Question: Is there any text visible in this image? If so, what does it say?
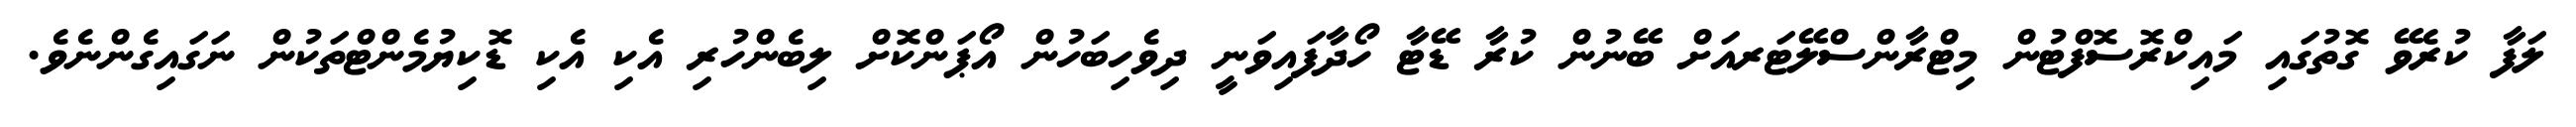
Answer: ލަފާ ކުރެވޭ ގޮތުގައި މައިކްރޮސޮފްޓުން މިޓްރާންސްލޭޓަރއަށް ބޭނުން ކުރާ ޑޭޓާ ހޯދާފައިވަނީ ދިވެހިބަހުން އޯޕަންކޮށް ލިބެންހުރި އެކި އެކި ޑޮކިޔުމެންޓްތަކުން ނަގައިގެންނެވެ.